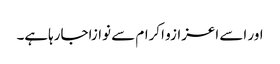
اور اسے اعزازو اکرام سے نوازاجارہاہے۔